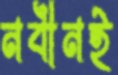
নবীনই